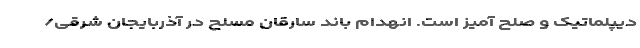
دیپلماتیک و صلح آمیز است. انهدام باند سارقان مسلح در آذربایجان شرقی/